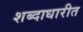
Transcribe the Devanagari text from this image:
शब्दाधारीत